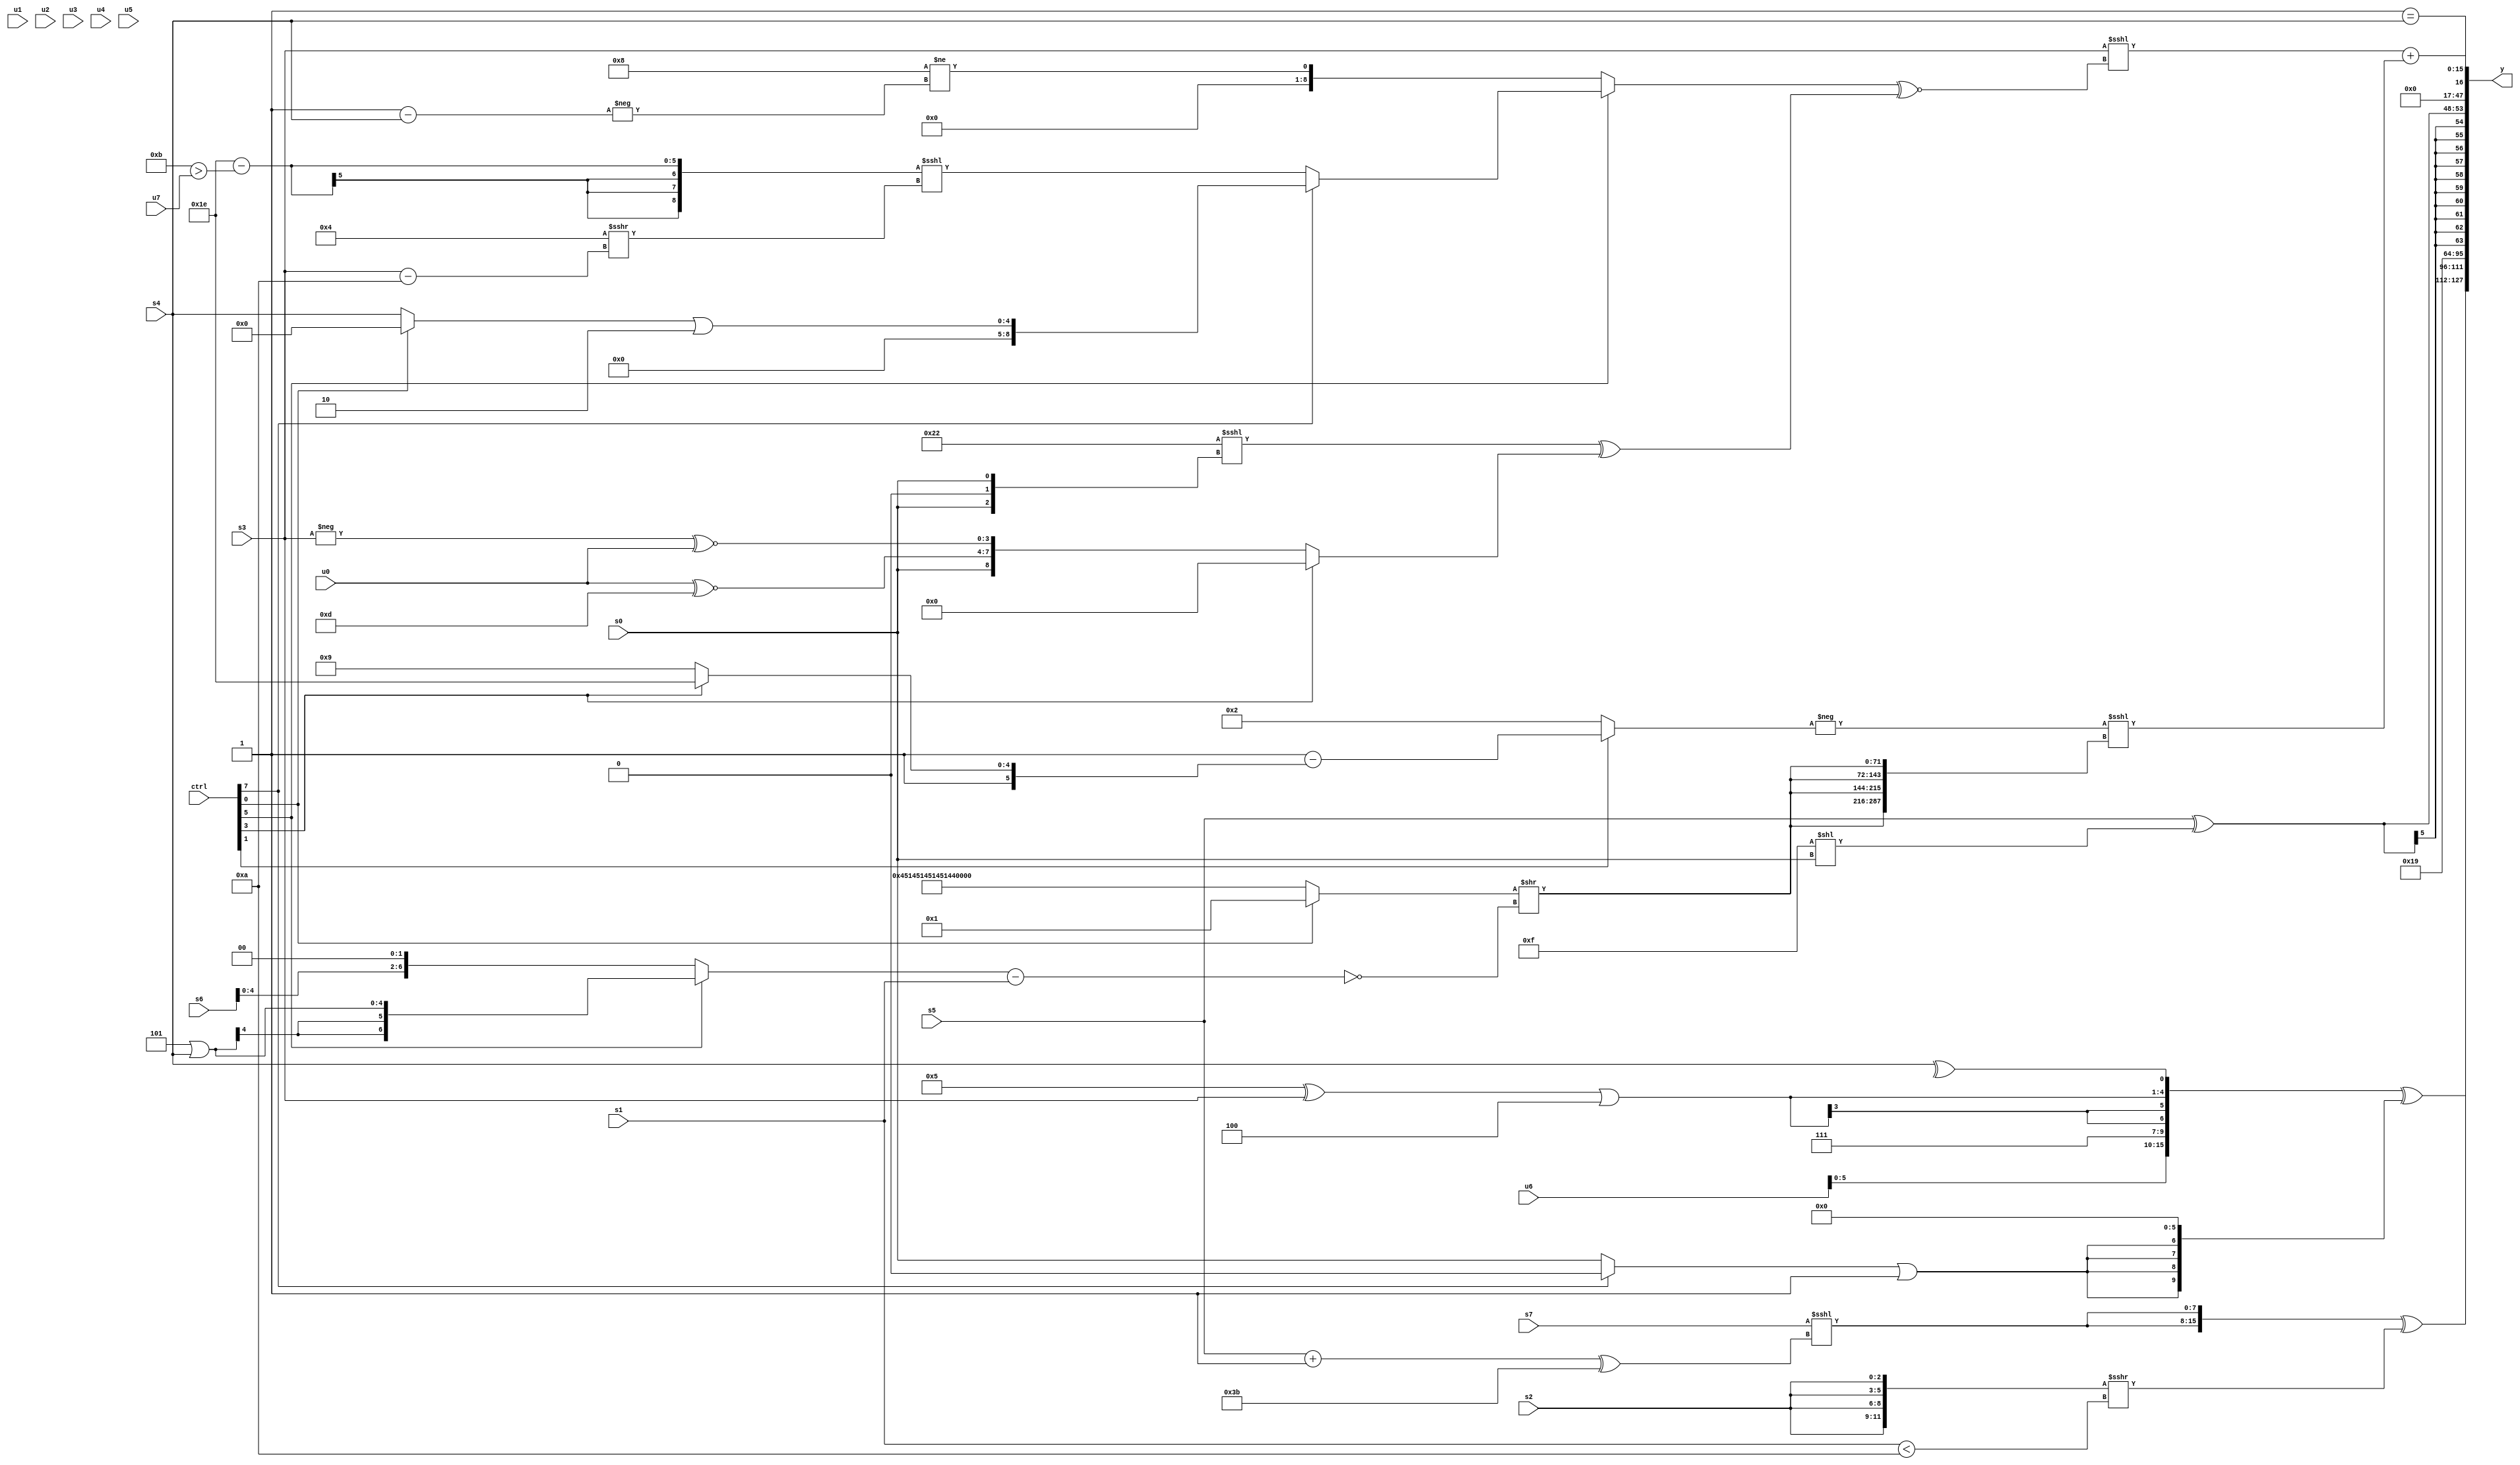
module wideexpr_00358(ctrl, u0, u1, u2, u3, u4, u5, u6, u7, s0, s1, s2, s3, s4, s5, s6, s7, y);
  input [7:0] ctrl;
  input [0:0] u0;
  input [1:0] u1;
  input [2:0] u2;
  input [3:0] u3;
  input [4:0] u4;
  input [5:0] u5;
  input [6:0] u6;
  input [7:0] u7;
  input signed [0:0] s0;
  input signed [1:0] s1;
  input signed [2:0] s2;
  input signed [3:0] s3;
  input signed [4:0] s4;
  input signed [5:0] s5;
  input signed [6:0] s6;
  input signed [7:0] s7;
  output [127:0] y;
  wire [15:0] y0;
  wire [15:0] y1;
  wire [15:0] y2;
  wire [15:0] y3;
  wire [15:0] y4;
  wire [15:0] y5;
  wire [15:0] y6;
  wire [15:0] y7;
  assign y = {y0,y1,y2,y3,y4,y5,y6,y7};
  assign y0 = ({u6,3'b111,(($signed(6'sb000101))^(s3))|($signed(+(3'sb100))),^(s4)})^(($signed(((ctrl[7]?1'sb0:s0))|(4'sb1111)))<<($signed(3'sb110)));
  assign y1 = ({~($signed({2{{1{4'sb1001}}}})),{2{(s7)<<<(((s5)+(2'b01))^((6'b110101)+(3'sb110)))}}})^($signed($signed(($signed({4{s2}}))>>>((s1)<(4'sb1010)))));
  assign y2 = +(1'sb0);
  assign y3 = 5'b11001;
  assign y4 = (s5)^($signed(({4{(4'b0000)<(5'b00001)}})<<(s0)));
  assign y5 = $signed((s7)<<(5'sb11111));
  assign y6 = (1'sb1)==(s4);
  assign y7 = ((s3)<<<(((ctrl[5]?(ctrl[7]?{1{((ctrl[0]?1'sb0:s4))|(+(4'sb1110))}}:(($unsigned(6'sb011110))-((6'sb001011)>(u7)))<<<(((6'sb000011)+(3'sb001))>>>((s3)-(4'sb1010)))):(5'sb11000)!=(-($signed((1'sb1)-(s4))))))^~(((6'b100010)<<<({2{$signed({1'sb0,s0})}}))^((ctrl[3]?^(+((s7)<<(5'sb01110))):{s0,+((u0)^~(4'sb1101)),(-(s3))^~($signed(u0))})))))+(($signed(-((ctrl[1]?((ctrl[1]?2'sb11:$signed(6'b111111)))-((ctrl[3]?$signed(4'sb1110):$signed(6'sb101001))):4'sb0010))))<<<({4{((ctrl[0]?$signed((-(6'b000011))>($signed(5'sb10101))):-({4{{3{6'sb101110}}}})))>>(!(((ctrl[5]?(4'sb1101)|(s4):(s6)<<<(2'sb10)))-(s1)))}}));
endmodule